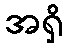
အရှိ